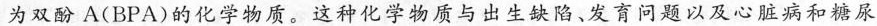
为双酚A(BPA)的化学物质。这种化学物质与出生缺陷、发育问题以及心胜病和糖尿